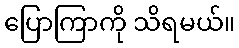
ပြောကြာကို သိရမယ်။